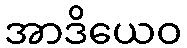
အာဒိယေဝ